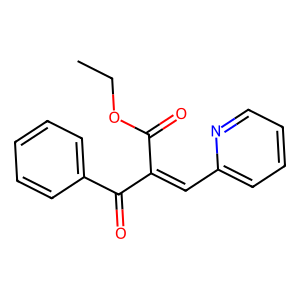
SMILES: CCOC(=O)C(=Cc1ccccn1)C(=O)c1ccccc1
Inhibits HIV replication: No